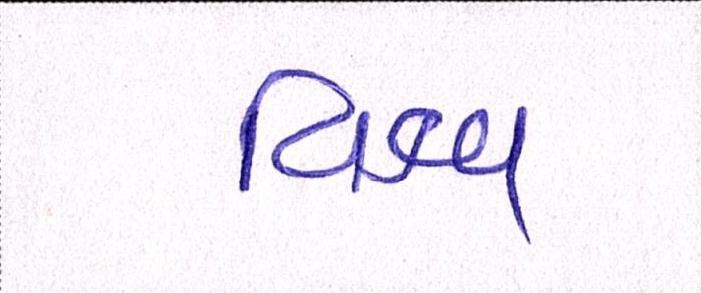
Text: વિશ્વ